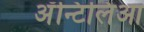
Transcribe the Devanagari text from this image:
अॅन्टिलिआ